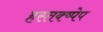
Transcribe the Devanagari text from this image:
हस्तक्ष्पेप